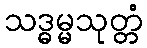
သဒ္ဓမ္မသုတ္တံ